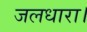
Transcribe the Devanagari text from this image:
जलधारा।